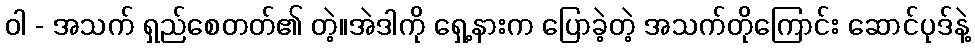
ဝါ - အသက် ရှည်စေတတ်၏ တဲ့။အဲဒါကို ရှေ့နားက ပြောခဲ့တဲ့ အသက်တိုကြောင်း ဆောင်ပုဒ်နဲ့